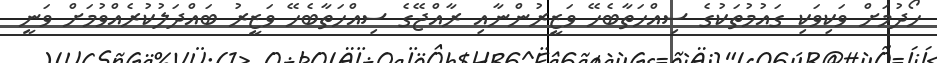
ހޯދުމަށް ވަކިވަކި ގައުމުތަކުގެ ސިއްހަތާބެހޭ ވަޒީރުންނާއި ރާއްޖޭގެ ސިއްހަތާބެހޭ ވަޒީރު ބައްދަލުކުރެއްވުމަށް ވަނީ